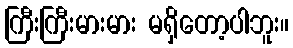
ကြီးကြီးမားမား မရှိတော့ပါဘူး။